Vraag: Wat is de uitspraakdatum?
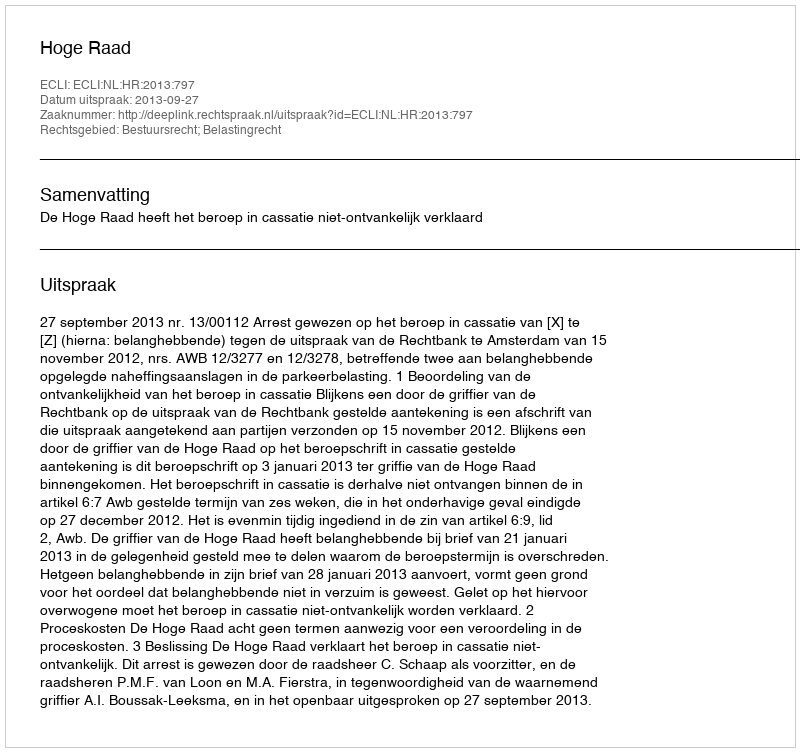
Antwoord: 2013-09-27